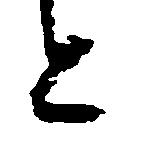
と